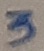
Text: 3